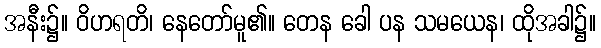
အနီး၌။ ဝိဟရတိ၊ နေတော်မူ၏။ တေန ခေါ ပန သမယေန၊ ထိုအခါ၌။